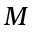
M